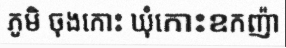
ភូមិ ចុងកោះ ឃុំកោះឧកញ៉ា